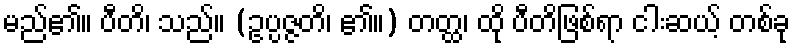
မည်၏။ ပီတိ၊ သည်။ (ဥပ္ပဇ္ဇတိ၊ ၏။) တတ္ထ၊ ထို ပီတိဖြစ်ရာ ငါးဆယ့် တစ်ခု